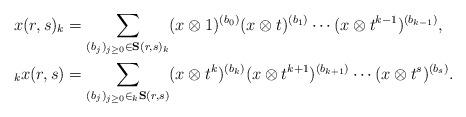
LaTeX: \begin{align*} x(r,s)_k &= \sum_{(b_j)_{j\ge 0}\in \mathbf{S}(r,s)_k} (x\otimes 1)^{(b_0)}(x\otimes t)^{(b_1)} \cdots (x\otimes t^{k-1})^{(b_{k-1})},\\ {}_kx(r,s)&= \sum_{(b_j)_{j\ge0}\in {}_k\mathbf{S}(r,s)} (x\otimes t^k)^{(b_k)}(x\otimes t^{k+1})^{(b_{k+1})} \cdots (x\otimes t^{s})^{(b_s)}.\end{align*}